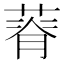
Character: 𦵾